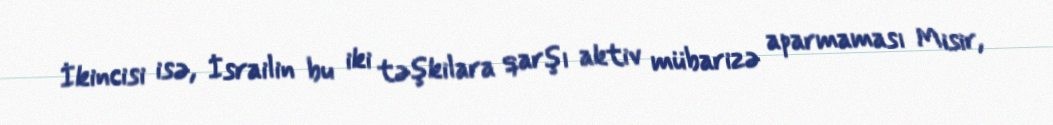
İkincisi isə, İsrailin bu iki təşkilara qarşı aktiv mübarizə aparmaması Misir,